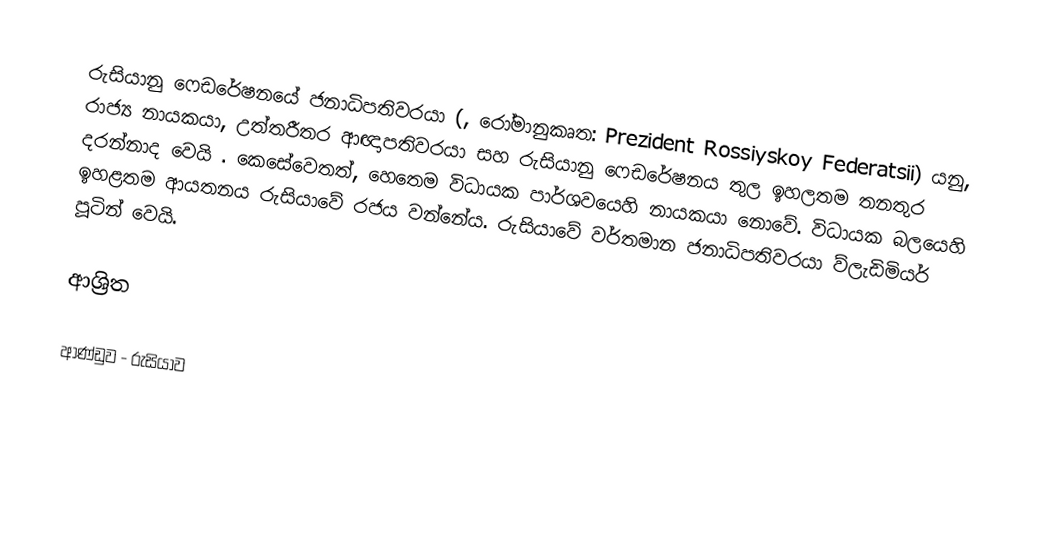
රුසියානු ෆෙඩරේෂනයේ ජනාධිපතිවරයා (, රෝමානුකෘත: Prezident Rossiyskoy Federatsii) යනු, රාජ්‍ය නායකයා, උත්තරීතර ආඥාපතිවරයා සහ රුසියානු ෆෙඩරේෂනය තුල ඉහලතම තනතුර දරන්නාද වෙයි . කෙසේවෙතත්, හෙතෙම  විධායක පාර්ශවයෙහි නායකයා නොවේ. විධායක බලයෙහි ඉහළතම ආයතනය රුසියාවේ රජය වන්නේය. රුසියාවේ වර්තමාන ජනාධිපතිවරයා ව්ලැඩිමියර් පූටින් වෙයි.

ආශ්‍රිත

ආණ්ඩුව - රුසියාව